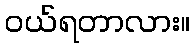
ဝယ်ရတာလား။